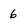
Character: 6